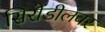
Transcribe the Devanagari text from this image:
सिरोडीलवर